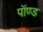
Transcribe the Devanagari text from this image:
पॉण्ड